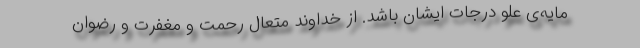
مایه‌ی علو درجات ایشان باشد. از خداوند متعال رحمت و مغفرت و رضوان